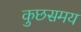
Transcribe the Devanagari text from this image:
कुछसमय